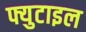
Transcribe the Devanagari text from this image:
फ्युटाइल